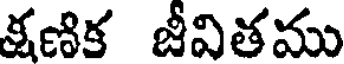
క్షణిక జీవితము